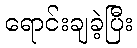
ရောင်းချခဲ့ပြီး